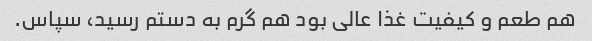
هم طعم و کیفیت غذا عالی بود هم گرم به دستم رسید، سپاس.